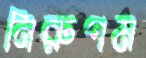
নিরুপম